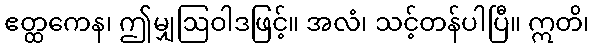
ဧတ္ထကေန၊ ဤမျှဩဝါဒဖြင့်။ အလံ၊ သင့်တန်ပါပြီ။ ဣတိ၊